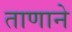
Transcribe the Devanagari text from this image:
ताणाने